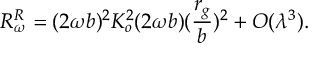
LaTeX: R _ { \omega } ^ { R } = ( 2 \omega b ) ^ { 2 } K _ { o } ^ { 2 } ( 2 \omega b ) ( \frac { r _ { g } } { b } ) ^ { 2 } + { \cal O } ( \lambda ^ { 3 } ) .